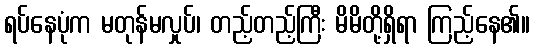
ရပ်နေပုံက မတုန်မလှုပ်၊ တည့်တည့်ကြီး မိမိတို့ရှိရာ ကြည့်နေ၏။